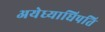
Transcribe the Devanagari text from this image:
अयेध्याधिपति